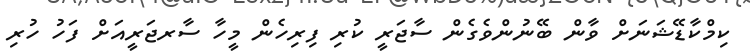
ކިމްކާޑޭޝަނަށް ވާން ބޭނުންވެގެން ސާޖަރީ ކުރި ފިރިހެން މީހާ ސާރޖަރީއަށް ފަހު ހުރި